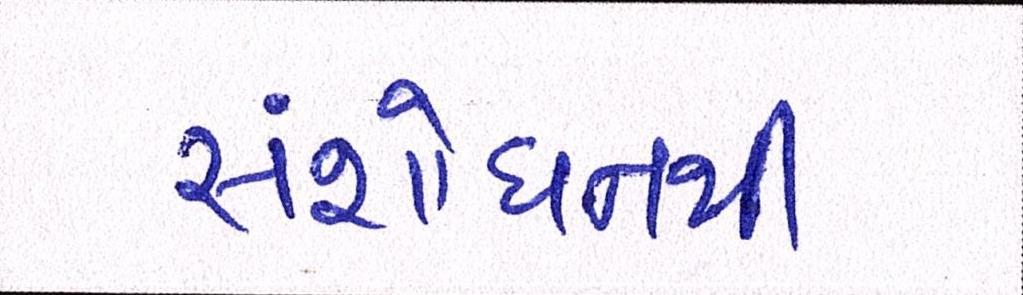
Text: સંશોધનથી